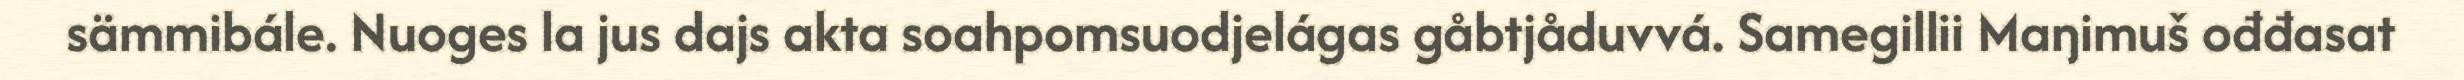
sämmibále. Nuoges la jus dajs akta soahpomsuodjelágas gåbtjåduvvá. Samegillii Maŋimuš ođđasat